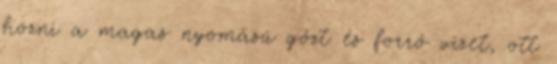
hozni a magas nyomású gőzt és forró vizet, ott